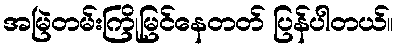
အမြဲတမ်းကြိုမြင်နေတတ် ပြန်ပါတယ်။